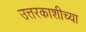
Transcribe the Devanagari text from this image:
उत्तरकाशीच्या